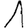
Digit: 1